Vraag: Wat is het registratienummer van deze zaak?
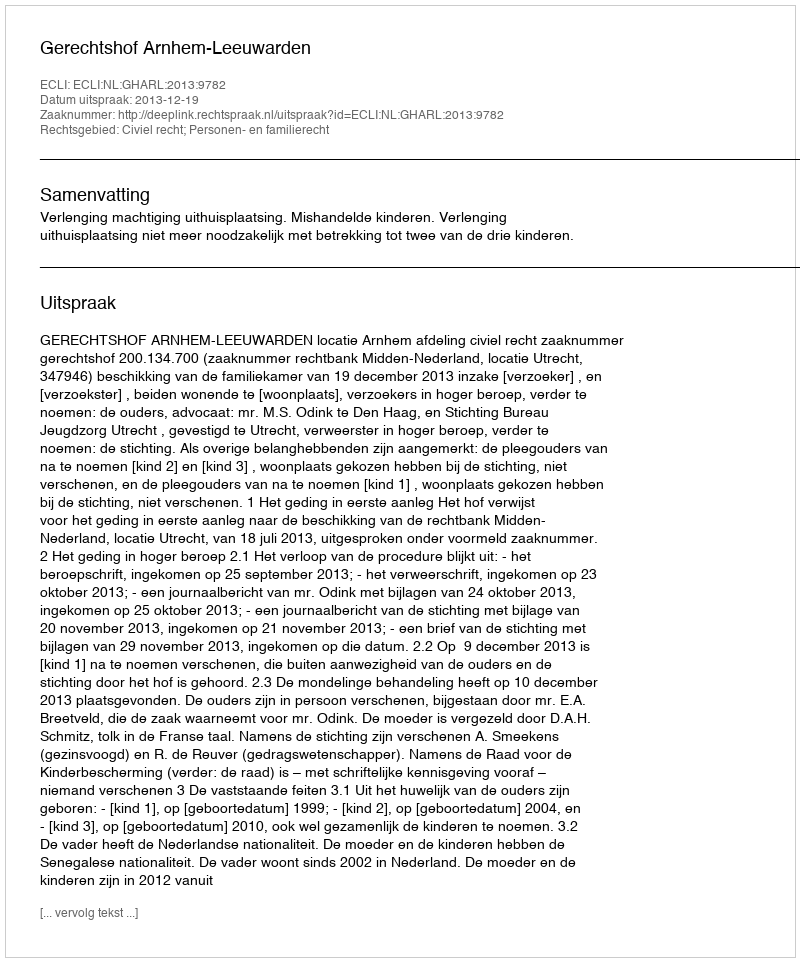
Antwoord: http://deeplink.rechtspraak.nl/uitspraak?id=ECLI:NL:GHARL:2013:9782